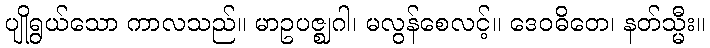
ပျိုရွယ်သော ကာလသည်။ မာဥပဇ္ဈဂါ၊ မလွန်စေလင့်။ ဒေဝဓိတေ၊ နတ်သ္မီး။